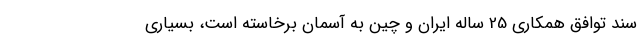
سند توافق همکاری 25 ساله ایران و چین به آسمان برخاسته است، بسیاری